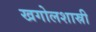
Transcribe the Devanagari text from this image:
खगोलशास्री